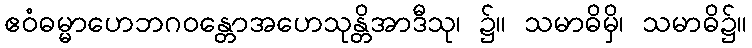
ဧဝံဓမ္မာဟေဘဂဝန္တောအဟေသုန္တိအာဒီသု၊ ၌။ သမာဓိမှိ၊ သမာဓိ၌။